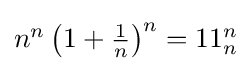
\textstyle n^{n}\left(1+{\frac {1}{n}}\right)^{n}=11_{n}^{n}